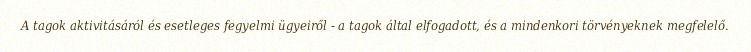
A tagok aktivitásáról és esetleges fegyelmi ügyeiről - a tagok által elfogadott, és a mindenkori törvényeknek megfelelő.